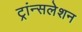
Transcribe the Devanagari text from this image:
ट्रांन्सलेशन